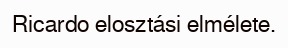
Ricardo elosztási elmélete.